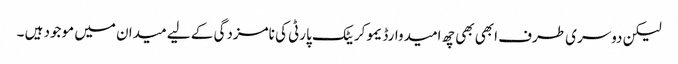
لیکن دوسری طرف ابھی بھی چھ امیدوارڈیموکریٹک پارٹی کی نامزدگی کے لیے میدان میں موجود ہیں ۔